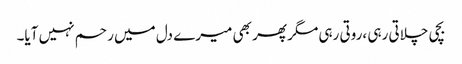
بچی چلاتی رہی ،روتی رہی مگر پھر بھی میرے دل میں رحم نہیں آیا۔